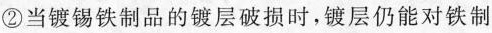
制品的镀层破损时，镀层仍能对铁制